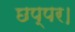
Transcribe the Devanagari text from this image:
छप्पर।